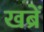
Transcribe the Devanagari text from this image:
खब्रें